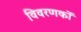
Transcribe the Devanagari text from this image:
विवरणकों